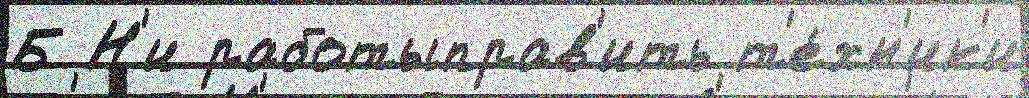
Б Н'и работыправ'ить т'е́хн'ик'и